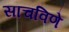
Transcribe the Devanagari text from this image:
साचविणे